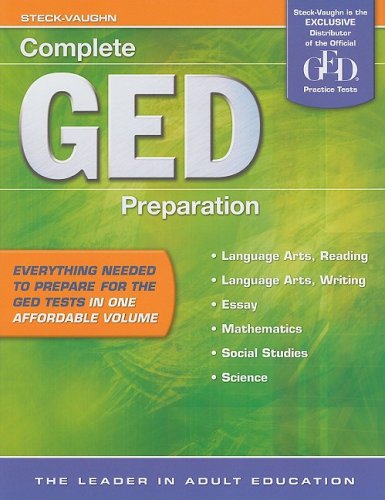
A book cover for Complete GED Preparation; STECK-VAUGHN; Test Preparation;